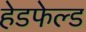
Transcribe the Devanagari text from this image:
हेडफेल्ड